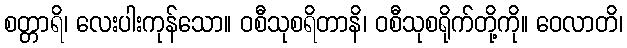
စတ္တာရိ၊ လေးပါးကုန်သော။ ဝစီသုစရိတာနိ၊ ဝစီသုစရိုက်တို့ကို။ ဝေလာတိ၊